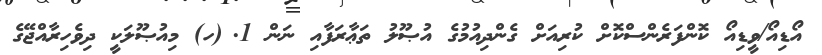
އޯޑިއޯ/ވީޑިއޯ ކޮންފަރެންސްކޮށް ކުރިއަށް ގެންދިއުމުގެ އުޞޫލު ތަޢާރަފާއި ނަން 1.	(ހ) މިއުޞޫލަކީ ދިވެހިރާއްޖޭގެ